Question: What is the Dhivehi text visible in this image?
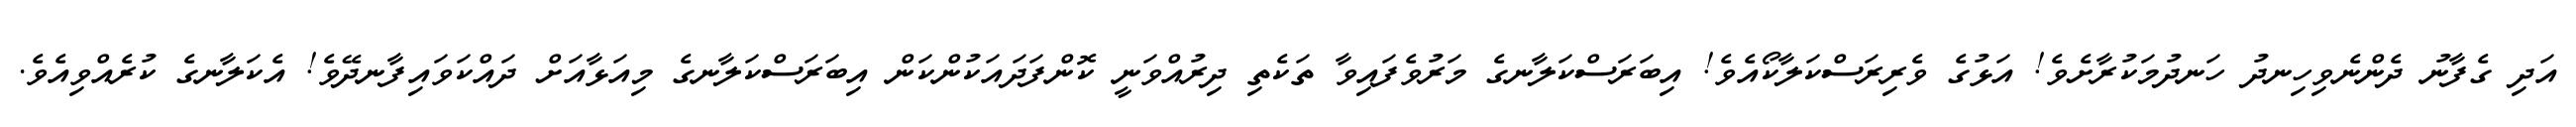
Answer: އަދި ގެފާނު ދެންނެވިހިނދު ހަނދުމަކުރާށެވެ! އަޅުގެ ވެރިރަސްކަލާކޯއެވެ! އިބަރަސްކަލާނގެ މަރުވެފައިވާ ތަކެތި ދިރުއްވަނީ ކޮންފަދައަކުންކަން އިބަރަސްކަލާނގެ މިއަޅާއަށް ދައްކަވައިފާނދޭވެ! އެކަލާނގެ ކުރެއްވިއެވެ.